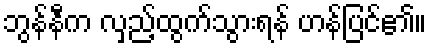
ဘွန်နီက လှည့်ထွက်သွားရန် ဟန်ပြင်၏။